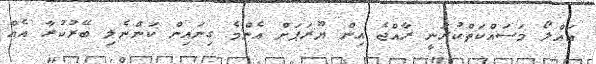
އައްލޯ މަސައްކަތްކުރަނީ ރާއްޖެ އިން ޔޫރަޕަށް އެންމެ ގިނައިން ކަންނެލި ބޭރުކުރާ އެއް